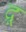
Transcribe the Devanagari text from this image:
द्रू